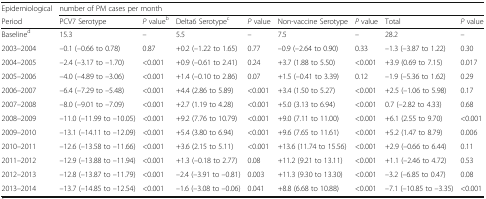
<table><thead><tr><td><b>Epidemiological</b></td><td colspan="8"><b>number of PM cases per month</b></td></tr><tr><td><b>Period</b></td><td><b>PCV7 Serotype</b></td><td><b><i>P</i> value<sup>b</sup></b></td><td><b>Delta6 Serotype<sup>c</sup></b></td><td><b><i>P</i> value</b></td><td><b>Non-vaccine Serotype</b></td><td><b><i>P</i> value</b></td><td><b>Total</b></td><td><b><i>P</i> value</b></td></tr></thead><tbody><tr><td>Baseline<sup>d</sup></td><td>15.3</td><td>–</td><td>5.5</td><td>–</td><td>7.5</td><td>–</td><td>28.2</td><td>–</td></tr><tr><td>2003–2004</td><td>–0.1 (–0.66 to 0.78)</td><td>0.87</td><td>+0.2 (–1.22 to 1.65)</td><td>0.77</td><td>–0.9 (–2.64 to 0.90)</td><td>0.33</td><td>–1.3 (–3.87 to 1.22)</td><td>0.30</td></tr><tr><td>2004–2005</td><td>–2.4 (–3.17 to –1.70)</td><td>&lt;0.001</td><td>+0.9 (–0.61 to 2.41)</td><td>0.24</td><td>+3.7 (1.88 to 5.50)</td><td>&lt;0.001</td><td>+3.9 (0.69 to 7.15)</td><td>0.017</td></tr><tr><td>2005–2006</td><td>–4.0 (–4.89 to –3.06)</td><td>&lt;0.001</td><td>+1.4 (–0.10 to 2.86)</td><td>0.07</td><td>+1.5 (–0.41 to 3.39)</td><td>0.12</td><td>–1.9 (–5.36 to 1.62)</td><td>0.29</td></tr><tr><td>2006–2007</td><td>–6.4 (–7.29 to –5.48)</td><td>&lt;0.001</td><td>+4.4 (2.86 to 5.89)</td><td>&lt;0.001</td><td>+3.4 (1.50 to 5.27)</td><td>&lt;0.001</td><td>+2.5 (–1.06 to 5.98)</td><td>0.17</td></tr><tr><td>2007–2008</td><td>–8.0 (–9.01 to –7.09)</td><td>&lt;0.001</td><td>+2.7 (1.19 to 4.28)</td><td>&lt;0.001</td><td>+5.0 (3.13 to 6.94)</td><td>&lt;0.001</td><td>0.7 (–2.82 to 4.33)</td><td>0.68</td></tr><tr><td>2008–2009</td><td>–11.0 (–11.99 to –10.05)</td><td>&lt;0.001</td><td>+9.2 (7.76 to 10.79)</td><td>&lt;0.001</td><td>+9.0 (7.11 to 11.00)</td><td>&lt;0.001</td><td>+6.1 (2.55 to 9.70)</td><td>&lt;0.001</td></tr><tr><td>2009–2010</td><td>–13.1 (–14.11 to –12.09)</td><td>&lt;0.001</td><td>+5.4 (3.80 to 6.94)</td><td>&lt;0.001</td><td>+9.6 (7.65 to 11.61)</td><td>&lt;0.001</td><td>+5.2 (1.47 to 8.79)</td><td>0.006</td></tr><tr><td>2010–2011</td><td>–12.6 (–13.58 to –11.66)</td><td>&lt;0.001</td><td>+3.6 (2.15 to 5.11)</td><td>&lt;0.001</td><td>+13.6 (11.74 to 15.56)</td><td>&lt;0.001</td><td>+2.9 (–0.66 to 6.44)</td><td>0.11</td></tr><tr><td>2011–2012</td><td>–12.9 (–13.88 to –11.94)</td><td>&lt;0.001</td><td>+1.3 (–0.18 to 2.77)</td><td>0.08</td><td>+11.2 (9.21 to 13.11)</td><td>&lt;0.001</td><td>+1.1 (–2.46 to 4.72)</td><td>0.53</td></tr><tr><td>2012–2013</td><td>–12.8 (–13.87 to –11.79)</td><td>&lt;0.001</td><td>–2.4 (–3.91 to –0.81)</td><td>0.003</td><td>+11.3 (9.30 to 13.30)</td><td>&lt;0.001</td><td>–3.2 (–6.85 to 0.47)</td><td>0.08</td></tr><tr><td>2013–2014</td><td>–13.7 (–14.85 to –12.54)</td><td>&lt;0.001</td><td>–1.6 (–3.08 to –0.06)</td><td>0.041</td><td>+8.8 (6.68 to 10.88)</td><td>&lt;0.001</td><td>–7.1 (–10.85 to –3.35)</td><td>&lt;0.001</td></tr></tbody></table>